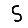
Digit: 5